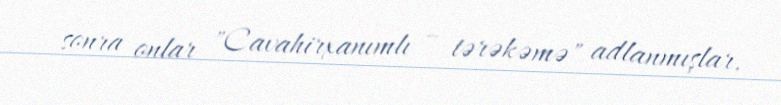
sonra onlar "Cavahirxanımlı – tərəkəmə" adlanmışlar.